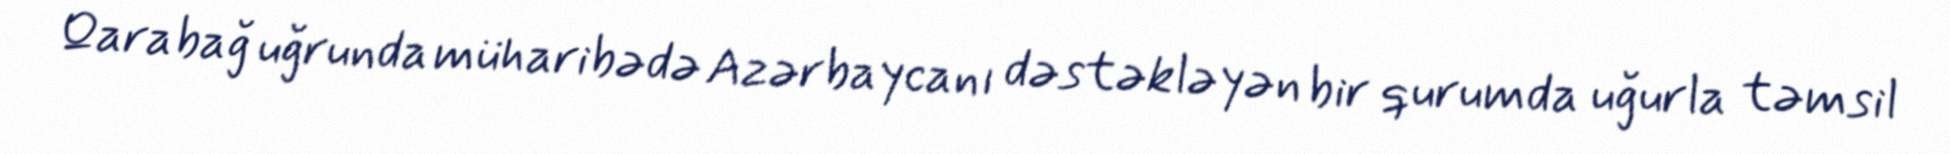
Qarabağ uğrunda müharibədə Azərbaycanı dəstəkləyən bir qurumda uğurla təmsil